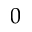
0